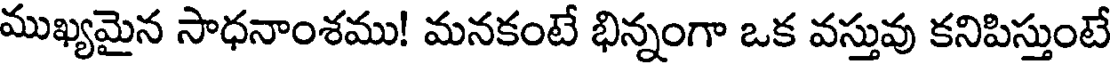
ముఖ్యమైన సాధనాంశము! మనకంటే భిన్నంగా ఒక వస్తువు కనిపిస్తుంటే